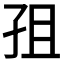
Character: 𭒽